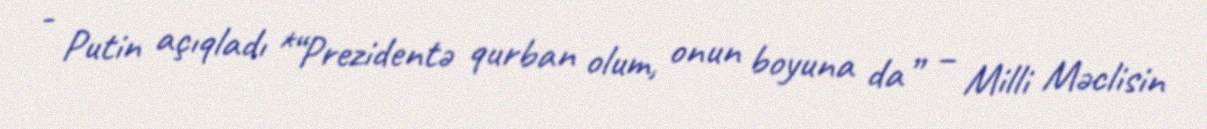
- Putin açıqladı *“Prezidentə qurban olum, onun boyuna da” – Milli Məclisin